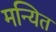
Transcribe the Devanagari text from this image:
मन्यित